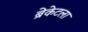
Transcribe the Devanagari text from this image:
ब्रेकेटला